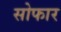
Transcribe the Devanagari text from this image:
सोफार